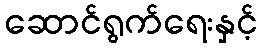
ဆောင်ရွက်ရေးနှင့်